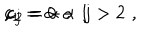
LaTeX: c _ { 1 } = \alpha - 1 \hspace { 0 . 3 c m } , \hspace { 0 . 3 c m } c _ { 2 } = - \alpha \hspace { 0 . 3 c m } , \hspace { 0 . 3 c m } c _ { j } = 0 \, \, \, ; \, \, \, j > 2 \, \, ,